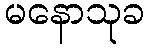
မနောသုခ